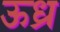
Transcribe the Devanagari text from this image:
ऊध्र